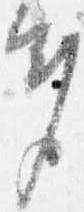
多